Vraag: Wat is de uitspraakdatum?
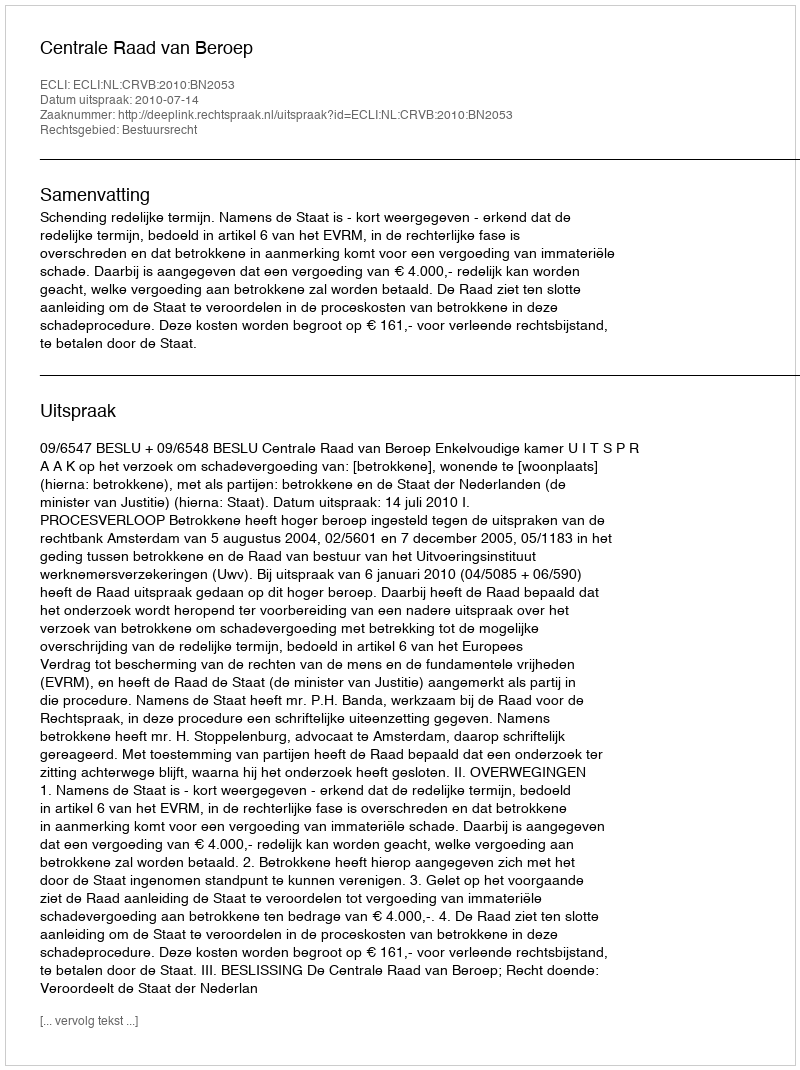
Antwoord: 2010-07-14